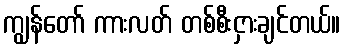
ကျွန်တော် ကားလတ် တစ်စီးငှားချင်တယ်။